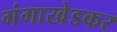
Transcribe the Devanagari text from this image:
गंगाखेडकर